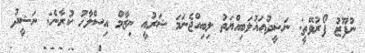
ނުފޫޒު ފޯރުވޭތީ: ނަޝީދުއަޣުލަބިއްޔަތު ލިބިއްޖެނަމަ ޝަރުއީ ނިޒާމް އިސްލާހު ކުރާނެ: ނަޝީދު